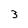
Character: 3